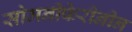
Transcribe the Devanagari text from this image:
सोमनीफेरीनीन